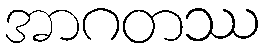
အာဂတဿ